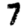
Digit: 7